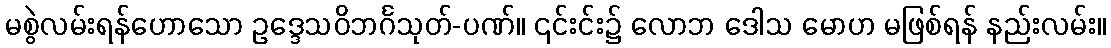
မစွဲလမ်းရန်ဟောသော ဥဒ္ဒေသဝိဘင်္ဂသုတ်-ပဏ်။ ၎င်းင်း၌ လောဘ ဒေါသ မောဟ မဖြစ်ရန် နည်းလမ်း။